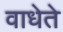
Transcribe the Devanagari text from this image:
वाधेते